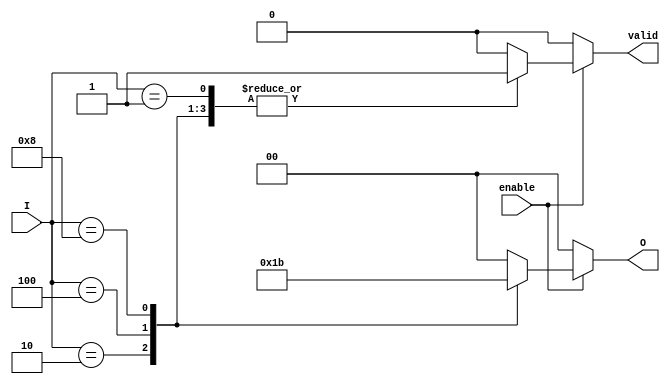
module binary_encoder (
    input wire [3:0] I,      // 4 input lines
    input wire enable,       // Enable signal
    output reg [1:0] O,      // 2 output lines
    output reg valid         // Valid signal to indicate output validity
);

    always @(*) begin
        if (!enable) begin
            O = 2'b00;        // Default output when not enabled
            valid = 1'b0;     // Output is not valid
        end else begin
            case (I)
                4'b0001: begin
                    O = 2'b00; // I0 is active
                    valid = 1'b1;
                end
                4'b0010: begin
                    O = 2'b01; // I1 is active
                    valid = 1'b1;
                end
                4'b0100: begin
                    O = 2'b10; // I2 is active
                    valid = 1'b1;
                end
                4'b1000: begin
                    O = 2'b11; // I3 is active
                    valid = 1'b1;
                end
                default: begin
                    O = 2'b00; // Invalid output for multiple active inputs or none
                    valid = 1'b0; // Output is not valid
                end
            endcase
        end
    end

endmodule